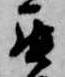
罷